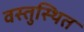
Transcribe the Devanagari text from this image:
वस्तुस्थित